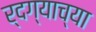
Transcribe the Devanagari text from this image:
र्दग्याच्या